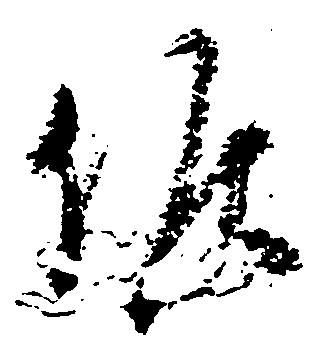
候